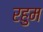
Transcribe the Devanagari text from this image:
रहुम